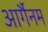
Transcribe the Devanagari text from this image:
आर्गैनम